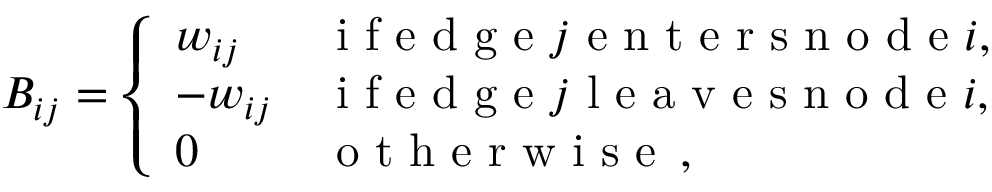
B _ { i j } = \left\{ \begin{array} { l l } { w _ { i j } } & { \mathrm { ~ i ~ f ~ e ~ d ~ g ~ e ~ } j \mathrm { ~ e ~ n ~ t ~ e ~ r ~ s ~ n ~ o ~ d ~ e ~ } i , } \\ { - w _ { i j } } & { \mathrm { ~ i ~ f ~ e ~ d ~ g ~ e ~ } j \mathrm { ~ l ~ e ~ a ~ v ~ e ~ s ~ n ~ o ~ d ~ e ~ } i , } \\ { 0 } & { \mathrm { ~ o ~ t ~ h ~ e ~ r ~ w ~ i ~ s ~ e ~ } \, , } \end{array} \right.